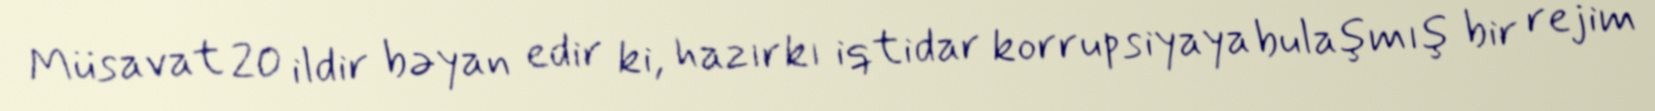
Müsavat 20 ildir bəyan edir ki, hazırkı iqtidar korrupsiyaya bulaşmış bir rejim